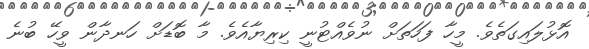
އޮޅުލައިގަތެވެ. މީހާ ފަހަތަށް ނުވެއްޓުނީ ކިރިޔާއެވެ. މާ ބޮޑަށް ހަނދާން ވީހޭ ބުނެ